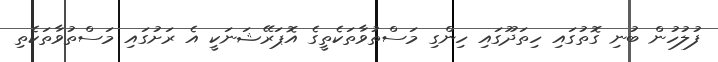
ފުލުހުން ބުނި ގޮތުގައި ހިތަދޫގައި ހިންގި މަސްތުވާތަކެތީގެ އޮޕަރޭޝަނަކީ އެ ރަށުގައި މަސްތުވާތަކެތި